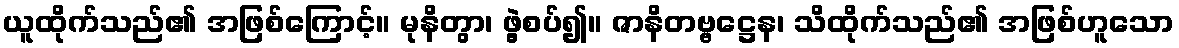
ယူထိုက်သည်၏ အဖြစ်ကြောင့်။ မုနိတွာ၊ ဖွဲ့စပ်၍။ ဇာနိတဗ္ဗဋ္ဌေန၊ သိထိုက်သည်၏ အဖြစ်ဟူသော